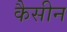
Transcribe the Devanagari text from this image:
कैसीन